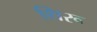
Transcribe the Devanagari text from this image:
थिरू